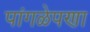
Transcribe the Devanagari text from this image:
पांगळेपणा